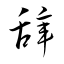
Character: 辞